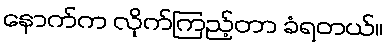
နောက်က လိုက်ကြည့်တာ ခံရတယ်။